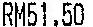
RM51.50